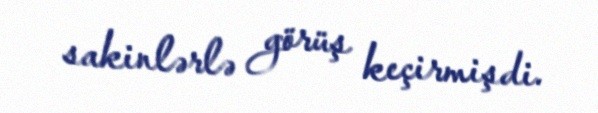
sakinlərlə görüş keçirmişdi.